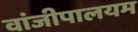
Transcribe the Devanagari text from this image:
वांजीपालयम